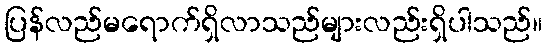
ပြန်လည်မရောက်ရှိလာသည်များလည်းရှိပါသည်။